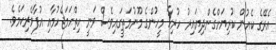
އެރޭގެ ކެއުން ކުރިޔަށްގެންދިޔައިރު ހުރިހާ މީހުންގެ މޫނުމަތީގައިވެސް ވަނީ ހިތްހަމަޖެހުމާއި އުފާވެރިކަމެވެ.